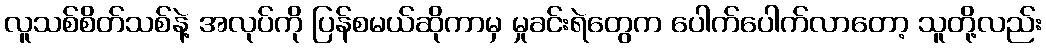
လူသစ်စိတ်သစ်နဲ့ အလုပ်ကို ပြန်စမယ်ဆိုကာမှ မှုခင်းရဲတွေက ပေါက်ပေါက်လာတော့ သူတို့လည်း